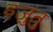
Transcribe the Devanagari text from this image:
इज़ुतु